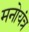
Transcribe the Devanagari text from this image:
मनोयंत्र